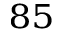
^ { 8 5 }